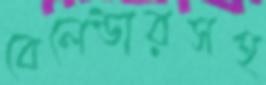
বেলেন্ডারসহ